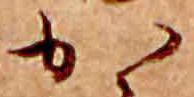
か